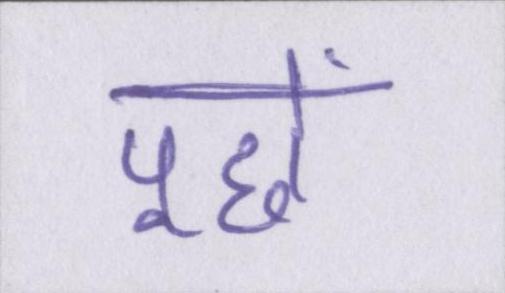
पूछें